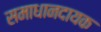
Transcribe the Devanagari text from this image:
समाधानदायक